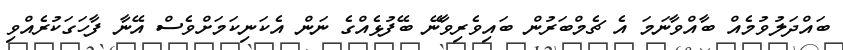
ބައްދަލުވުމެއް ބާއްވާނަމަ އެ ޗެމްބަރުން ބައިވެރިވާނޭ ބޭފުޅެއްގެ ނަން އެކަނިކަމަށްވެސް އޭނާ ފާހަގަކުރެއްވި